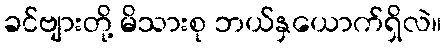
ခင်ဗျားတို့ မိသားစု ဘယ်နှယောက်ရှိလဲ။